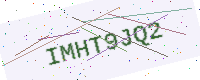
Text: IMHT9JQ2